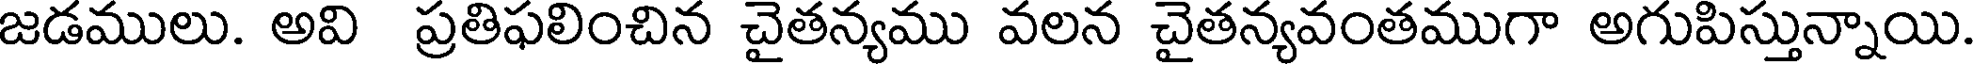
జడములు. అవి ప్రతిఫలించిన చైతన్యము వలన చైతన్యవంతముగా అగుపిస్తున్నాయి.